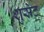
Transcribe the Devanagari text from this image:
शुसेट